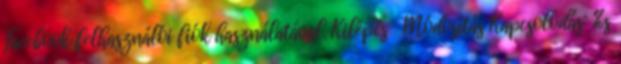
Facebook felhasználói fiók használatával. Kilépés Módosítás Kapcsolódás: %s